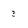
Character: 3